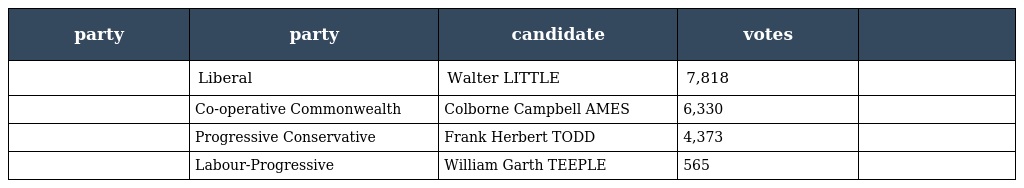
| party | party | candidate | votes |  |
 | --- | --- | --- | --- | --- |
 |  | Liberal | Walter LITTLE | 7,818 |  |
 |  | Co-operative Commonwealth | Colborne Campbell AMES | 6,330 |  |
 |  | Progressive Conservative | Frank Herbert TODD | 4,373 |  |
 |  | Labour-Progressive | William Garth TEEPLE | 565 |  |